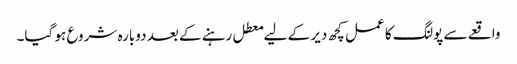
واقعے سے پولنگ کا عمل کچھ دیر کے لیے معطل رہنے کے بعد دوبارہ شروع ہو گیا۔